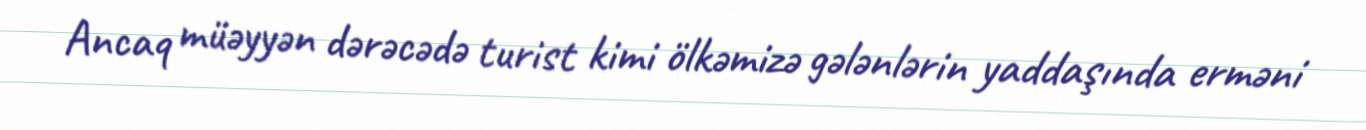
Ancaq müəyyən dərəcədə turist kimi ölkəmizə gələnlərin yaddaşında erməni